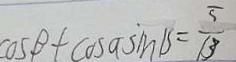
\cos \beta + \cos a \sin \beta = \frac { 5 } { 1 3 }